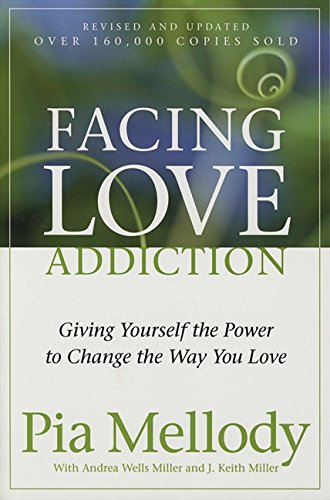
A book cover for Facing Love Addiction: Giving Yourself the Power to Change the Way You Love; Pia Mellody; Self-Help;